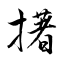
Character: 擆